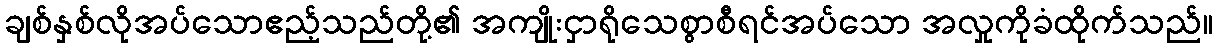
ချစ်နှစ်လိုအပ်သောဧည့်သည်တို့၏ အကျိုးငှာရိုသေစွာစီရင်အပ်သော အလှုကိုခံထိုက်သည်။